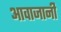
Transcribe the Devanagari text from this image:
आवाजानी